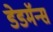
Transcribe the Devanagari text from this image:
डेडमॅन्स